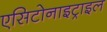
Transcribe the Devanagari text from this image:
एसिटोनाइट्राइल